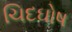
ચિદઘોષ